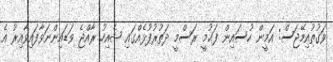
ވަގުތުއިމޭޖަސް: އަމީން ހުސައިން ފަޙުމީ ރަސްމީ ދަތުރުފުޅެއްގައި ޝެއިހު ރާއްޖެ ވަޑައިންނަވާފައިވާއިރު އެ